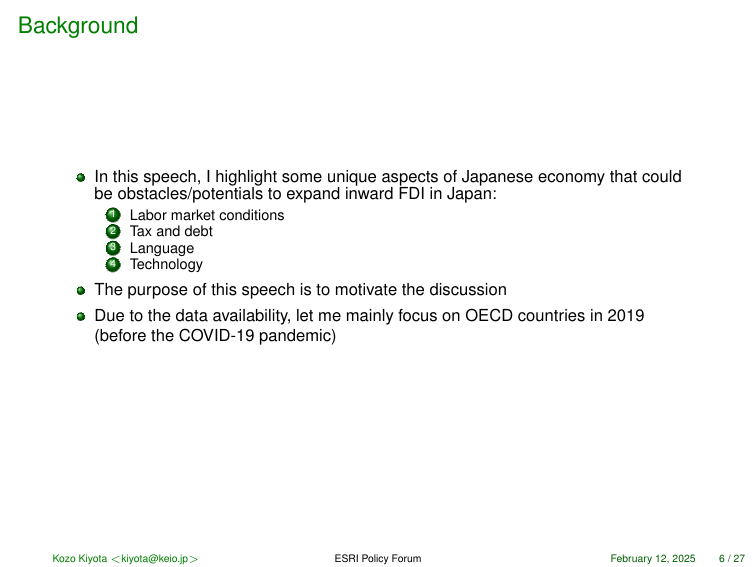
Background

• In this speech, I highlight some unique aspects of Japanese economy that could be obstacles/potentials to expand inward FDI in Japan:
  ① Labor market conditions
  ② Tax and debt
  ③ Language
  ④ Technology

• The purpose of this speech is to motivate the discussion

• Due to the data availability, let me mainly focus on OECD countries in 2019 (before the COVID-19 pandemic)

Kozo Kiyota <kiyota@keio.jp> ESRI Policy Forum February 12, 2025 6 / 27